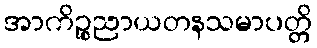
အာကိဉ္စညာယတနသမာပတ္တိ